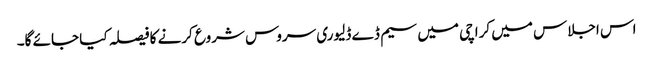
اس اجلاس میں کراچی میں سیم ڈے ڈلیوری سروس شروع کرنے کا فیصلہ کیا جائے گا۔